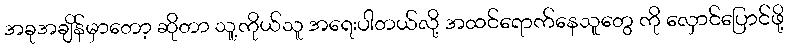
အခုအချိန်မှာတော့ ဆိုတာ သူ့ကိုယ်သူ အရေးပါတယ်လို့ အထင်ရောက်နေသူတွေ ကို လှောင်ပြောင်ဖို့